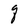
Character: q